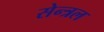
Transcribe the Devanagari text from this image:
सेन्त्रल